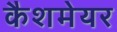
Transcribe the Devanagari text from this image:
कैशमेयर